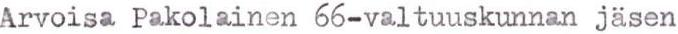
Arvoisa Pakolainen 66-valtuuskunnan jäsen